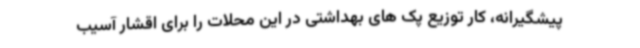
پیشگیرانه، کار توزیع پک های بهداشتی در این محلات را برای اقشار آسیب